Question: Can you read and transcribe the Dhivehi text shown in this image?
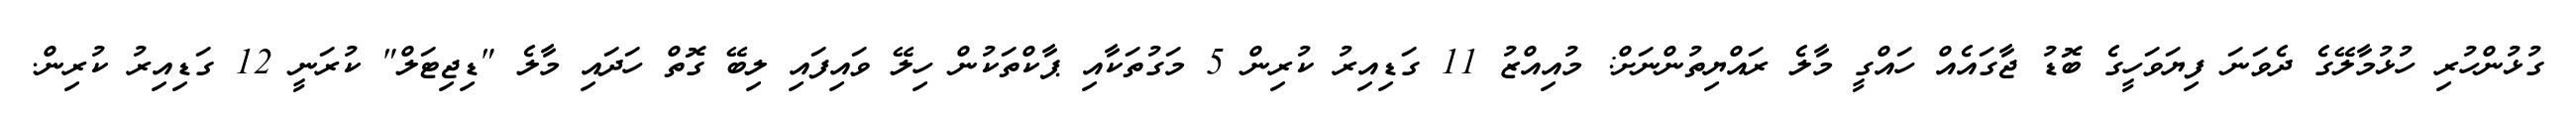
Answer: ގުޅުންހުރި ހުޅުމާލޭގެ ދެވަނަ ފިޔަވަހީގެ ބޮޑު ޖާގައެއް ހައްގީ މާލެ ރައްޔިތުންނަށް: މުއިއްޒު 11 ގަޑިއިރު ކުރިން 5 މަގުތަކާއި ޕާކްތަކުން ހިލޭ ވައިފައި ލިބޭ ގޮތް ހަދައި މާލެ "ޑިޖިޓަލް" ކުރަނީ 12 ގަޑިއިރު ކުރިން.